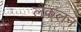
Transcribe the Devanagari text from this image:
लैकलन